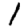
Digit: 1